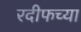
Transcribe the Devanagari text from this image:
रदीफच्या